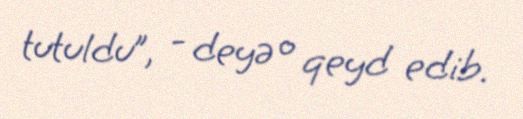
tutuldu”, - deyə o qeyd edib.